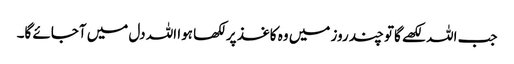
جب اللہ لکھے گاتو چند روز میں وہ کاغذ پر لکھا ہوا اللہ دل میں آجائے گا۔